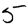
Digit: 5